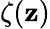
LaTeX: \zeta(\mathbf{z})